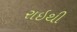
રાઇથી